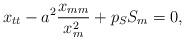
LaTeX: \begin{align*}x_{tt}-a^2\frac{x_{mm}}{x_m^2}+p_S S_m=0, \end{align*}